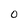
Character: 0